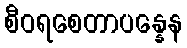
စီဝရစေတာပန္နေန